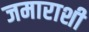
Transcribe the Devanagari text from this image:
जमाराशी